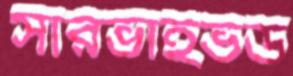
সারভাইভড